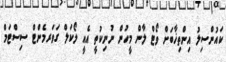
ކައުންސިލު އިންތިޚާބަށް ވޯޓް ލާން މީހުން ނުނިކުތީ އެއީ ލޯކަލް ގަވަރމެންޓް ސިސްޓަމް